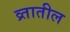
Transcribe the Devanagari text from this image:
व्र्तातील